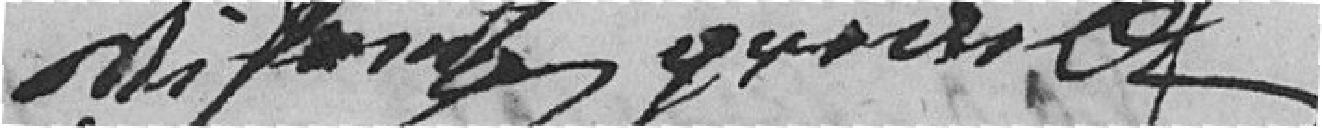
???????????????